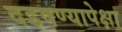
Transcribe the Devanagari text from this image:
दडवण्यापेक्षा